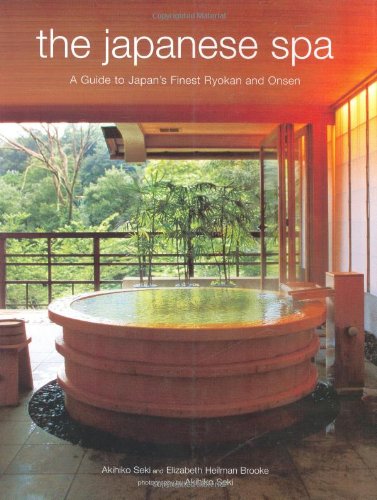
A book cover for The Japanese Spa: A Guide to Japan's Finest Ryokan and Onsen; Akihiko Seki; Travel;